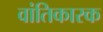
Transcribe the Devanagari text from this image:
वांतिकारक